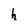
Character: h